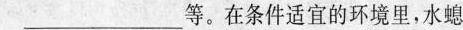
___等。在条件适宜的环境里，水螅